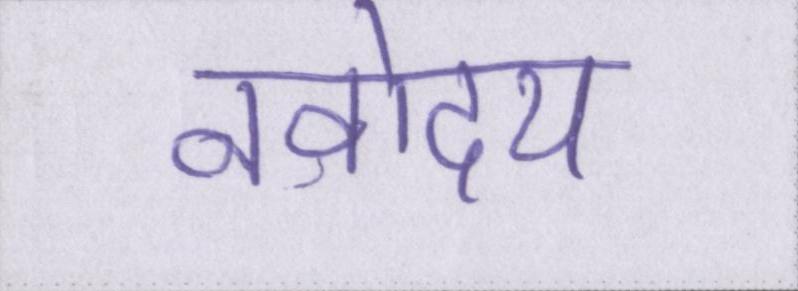
नवोदय